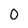
Character: 0